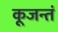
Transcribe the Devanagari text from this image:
कूजन्तं